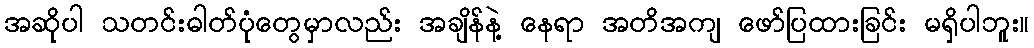
အဆိုပါ သတင်းဓါတ်ပုံတွေမှာလည်း အချိန်နဲ့ နေရာ အတိအကျ ဖော်ပြထားခြင်း မရှိပါဘူး။